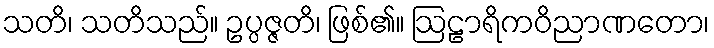
သတိ၊ သတိသည်။ ဥပ္ပဇ္ဇတိ၊ ဖြစ်၏။ ဩဠာရိကဝိညာဏတော၊